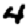
Digit: 4